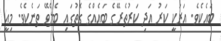
ބައެކެވެ. އަރަކީ ކަރު އަދި ކަރުތެރޭގެ ބައެއްގެ ގޮތުގައި ބެލެވޭ ތަނެކެވެ. މިއީ